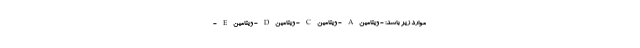
موارد زیر باشد: - ویتامین A - ویتامین C - ویتامین D - ویتامین E -